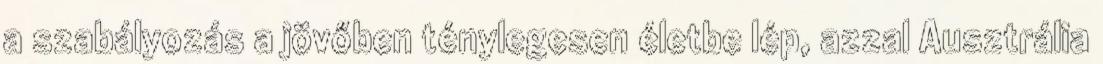
a szabályozás a jövőben ténylegesen életbe lép, azzal Ausztrália